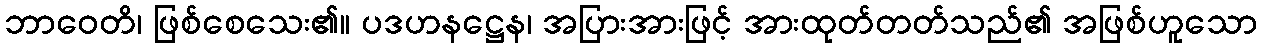
ဘာဝေတိ၊ ဖြစ်စေသေး၏။ ပဒဟနဋ္ဌေန၊ အပြားအားဖြင့် အားထုတ်တတ်သည်၏ အဖြစ်ဟူသော